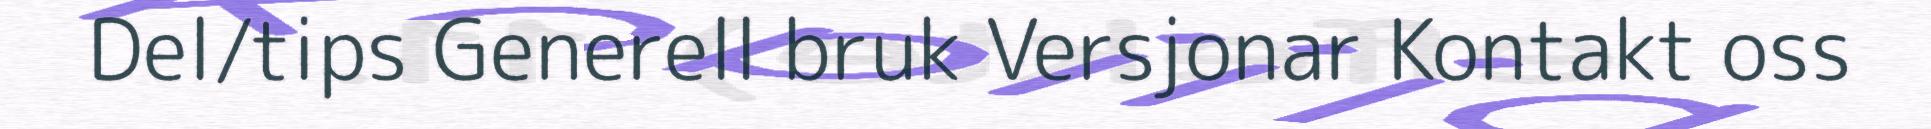
Del/tips Generell bruk Versjonar Kontakt oss